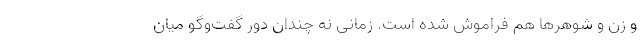
و زن و شوهرها هم فراموش شده است. زمانی نه چندان دور گفت‌وگو میان